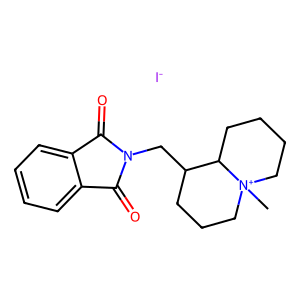
SMILES: C[N+]12CCCCC1C(CN1C(=O)c3ccccc3C1=O)CCC2.[I-]
Inhibits HIV replication: No